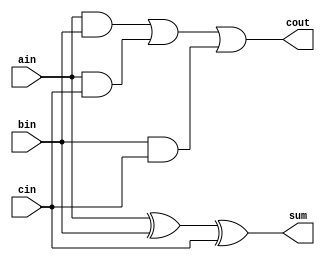
module fadder(cout, sum, ain,bin,cin);
    input ain, bin, cin;
    output cout, sum;

    wire and_0_out, and_1_out, and_2_out;

    xor (sum, ain, bin, cin);
    and (and_0_out, ain, bin);
    and (and_1_out, ain, cin);
    and (and_2_out, bin, cin);
    or (cout, and_0_out, and_1_out, and_2_out);
endmodule